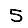
Digit: 5